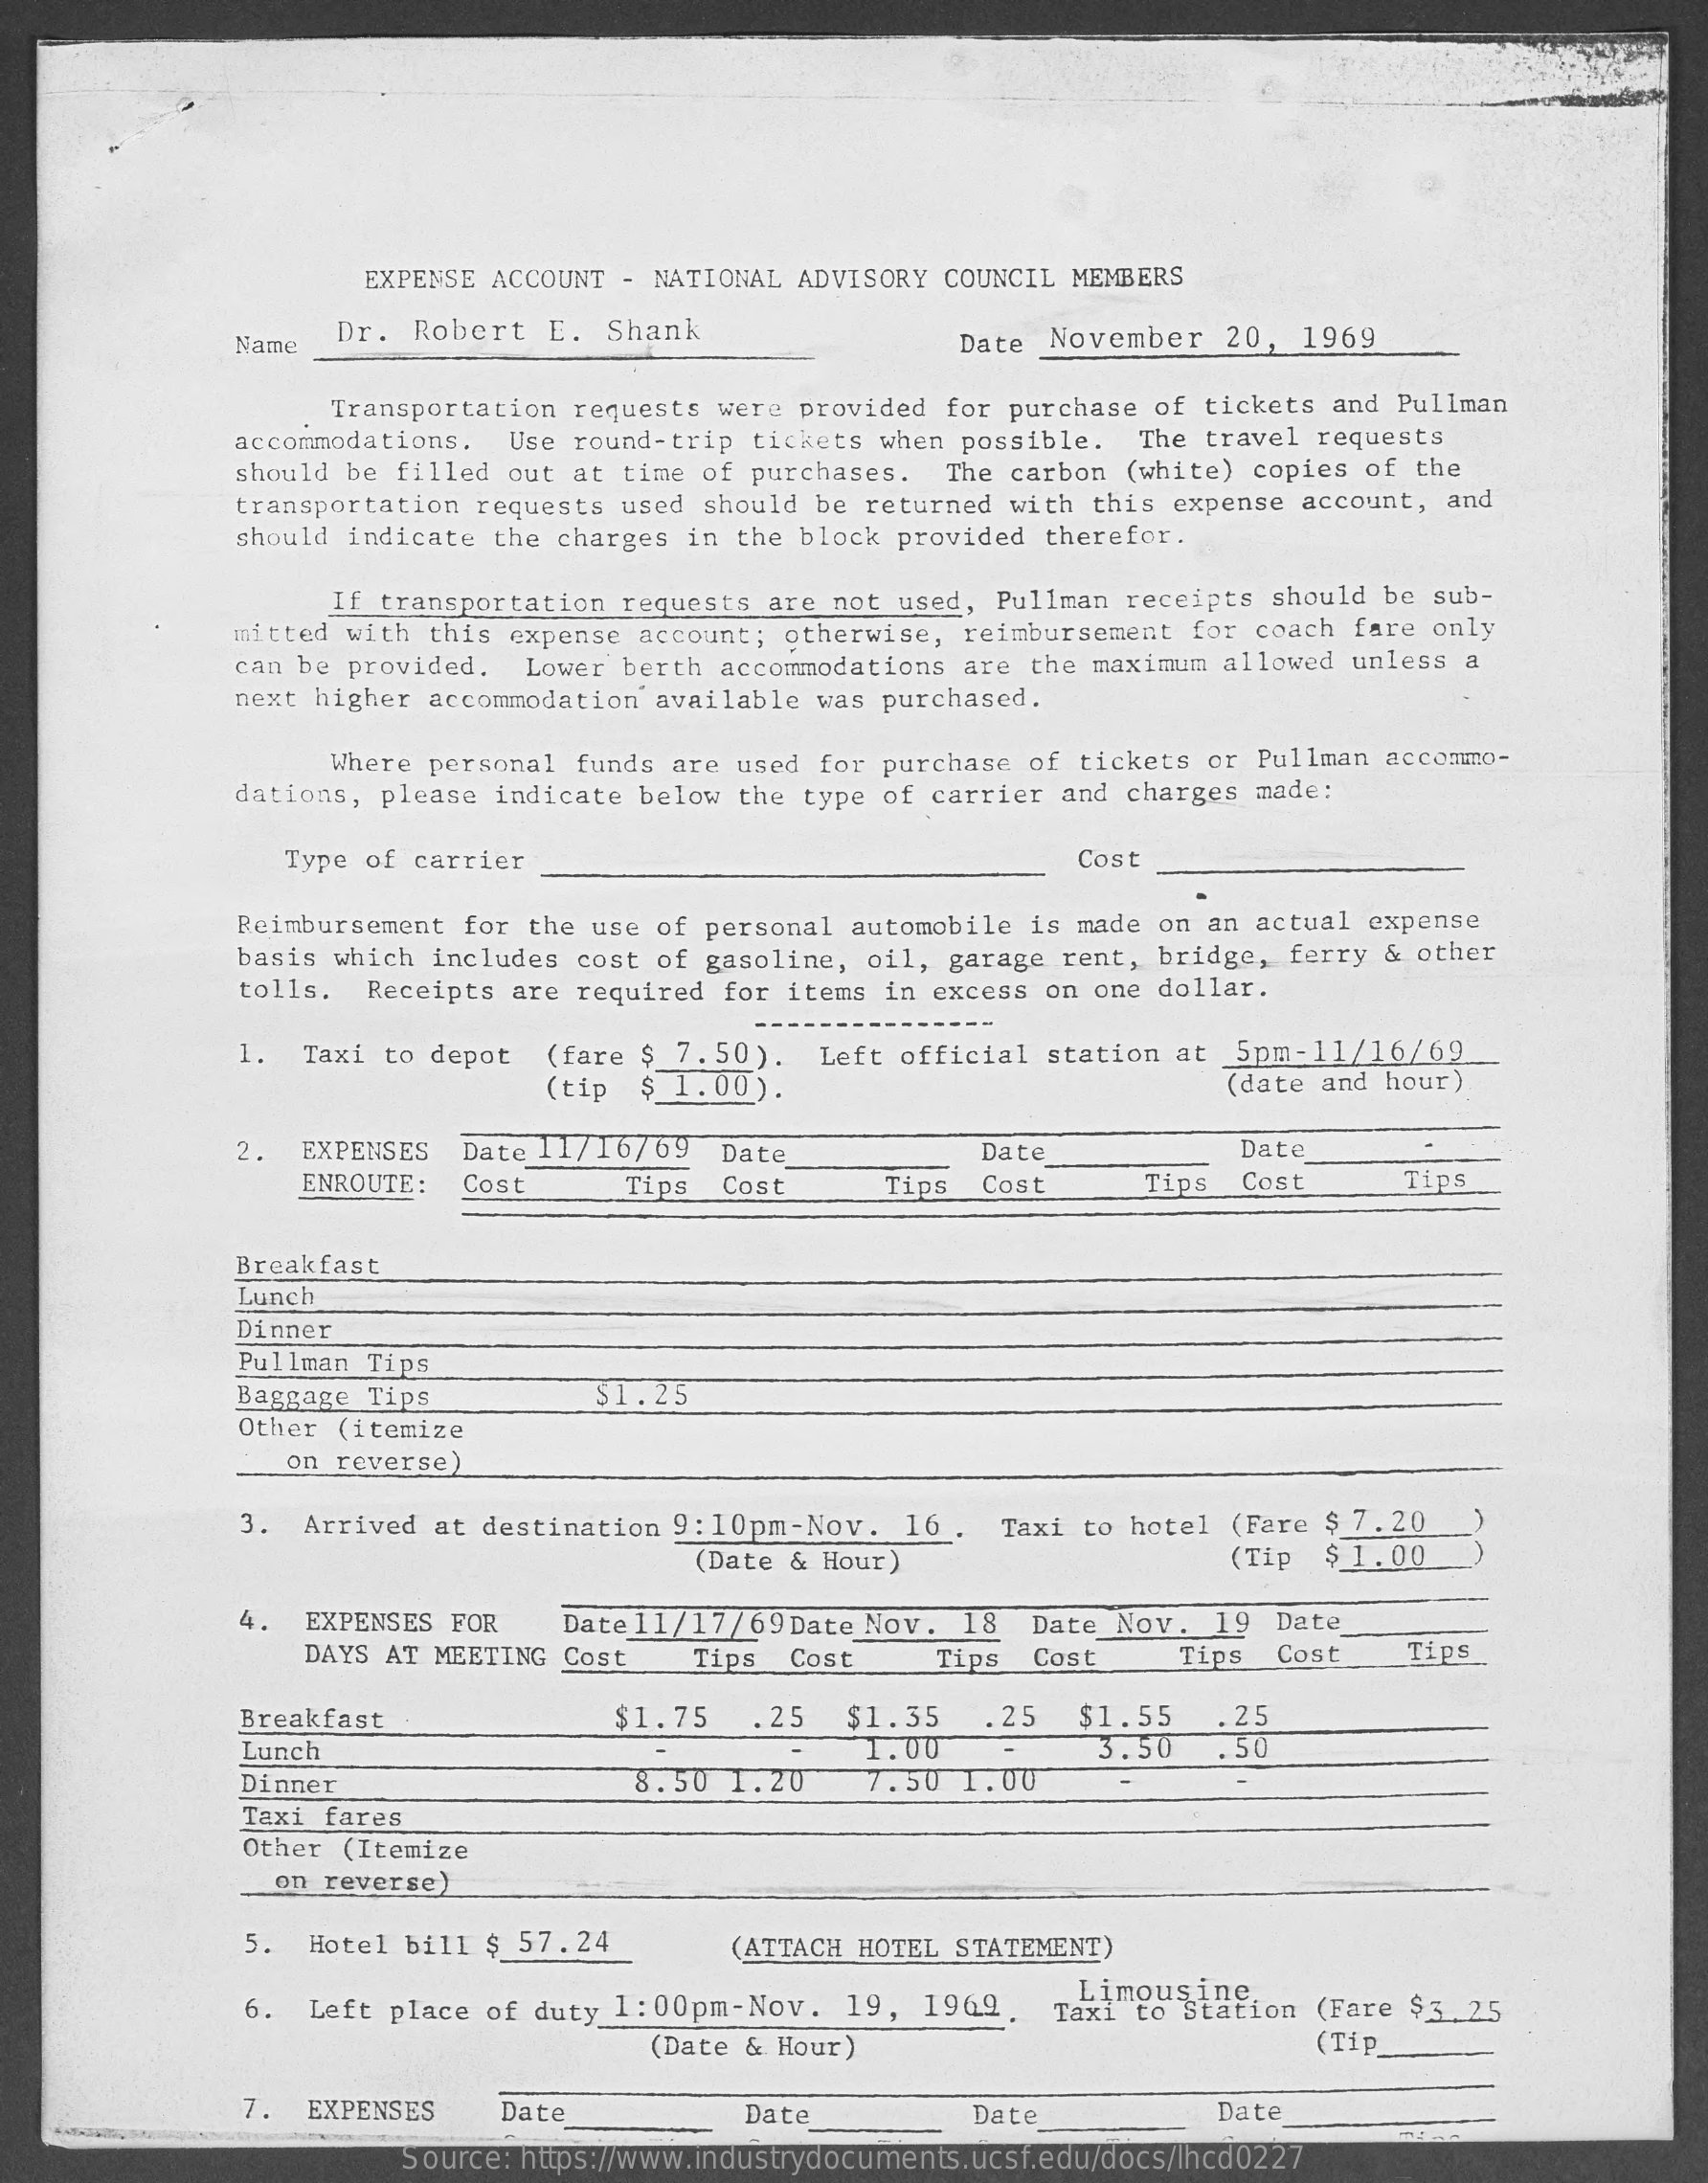
EXPENSE ACCOUNT - NATIONAL ADVISORY COUNCIL MEMBERS
     Name
     Dr. Robert  E. Shank    Date November 20, 1969
     Transportation requests were provided for purchase of tickets and Pullman
     accommodations. Use round-trip tickets when possible. The travel requests
     should be filled out at time of purchases. The carbon (white) copies of the
     transportation requests used should be returned with this expense account, and
     should indicate the charges in the block provided therefor.
     If transportation requests are not used, Pullman receipts should be sub-
     mitted with this expense account; otherwise, reimbursement for coach fare only
     can be provided. Lower berth accommodations are the maximum allowed unless a
     next higher accommodation available was purchased.
     Where personal funds are used for purchase of tickets or Pullman accommo-
     dations, please indicate below the type of carrier and charges made:
     Type of carrier    Cost
     Reimbursement for the use of personal automobile is made on an actual expense
     basis which includes cost of gasoline, oil, garage rent, bridge, ferry & other
     tolls. Receipts are required for items in excess on one dollar.
     1. Taxi to depot (fare $ 7. 50). Left official station at 5pm-11/16/69
     (tip $ 1.00) .    (date and hour)
     2. EXPENSES Date 11/16/69 Date    Date    Date
     ENROUTE: Cost    Tips Cost    Tips Cost    Tips Cost    Tips
     Breakfast
     Lunch
     Dinner
     Pullman Tips
     Baggage Tips    $1.25
     Other (itemize
     on reverse)
     3. Arrived at destination 9: 10pm-Nov. 16 . Taxi to hotel (Fare $ 7. 20
     (Date & Hour)    (Tip $ 1.00
     4.  EXPENSES FOR  Date 11/17/69 Date Nov. 18
     DAYS AT MEETING Cost
     Date Nov. 19 Date
     Tips Cost    Tips Cost    Tips Cost   Tips
     Breakfast    $1.75   . 25 $1.35  .25  $1.55   . 25
     Lunch    1.00    3.50   .50
     Dinner    8.50 1.20    7.50 1.00
     Taxi fares
     Other (Itemize
     on reverse)
     5. Hotel bill $ 57.24    (ATTACH HOTEL STATEMENT)
     6. Left place of duty 1: 00pm-Nov. 19, 1969. Limousine
     Taxi to Station (Fare $3.25
     (Date & Hour)    (Tip
     7.  EXPENSES  Date    Date    Date    Date
     Source: https://www.industrydocuments.ucsf.edu/docs/lhcd0227